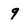
Character: 9